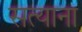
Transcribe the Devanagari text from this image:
सत्याना